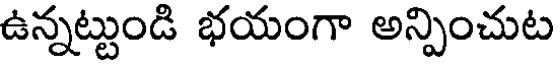
ఉన్నట్టుండి భయంగా అన్పించుట